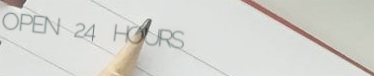
OPEN 24 HOURS